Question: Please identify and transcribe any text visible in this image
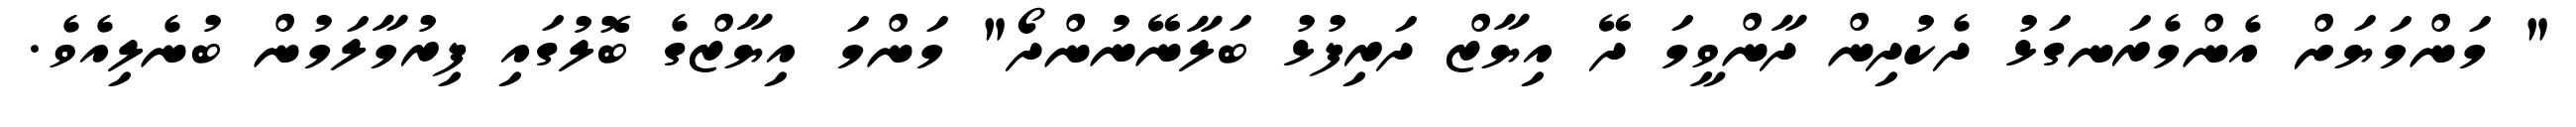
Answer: " މަންމަޔަށް އެންމެރަނގަޅު ދެކުދިން ދާންވީމަ ދޭ އިޔާޒް ދަރިފުޅު ބަލާނޭނުންދޯ" މަންމަ އިޔާޒްގެ ބޮލުގައި ފިރުމާލަމުން ބުނެލިއެވެ.